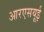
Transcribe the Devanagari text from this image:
आरएसयूई